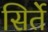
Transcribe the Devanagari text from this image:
सिर्ते